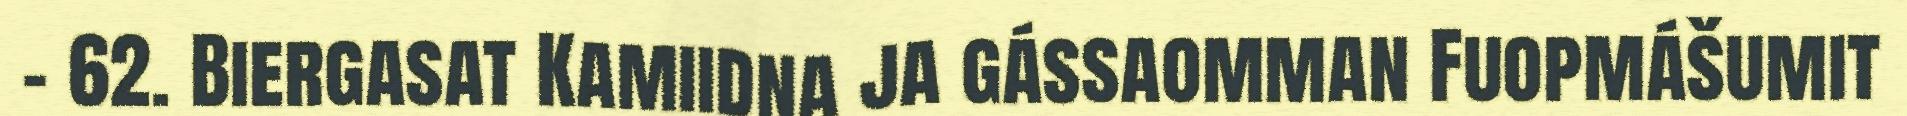
- 62. Biergasat Kamiidna ja gássaomman Fuopmášumit